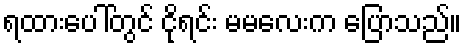
ရထားပေါ်တွင် ငိုရင်း မမလေးက ပြောသည်။